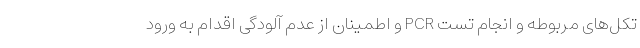
تکل‌های مربوطه و انجام تست PCR و اطمینان از عدم آلودگی اقدام به ورود